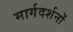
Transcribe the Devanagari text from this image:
मार्गदर्शनों